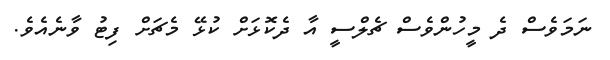
ނަމަވެސް ދެ މީހުންވެސް ޗެލްސީ އާ ދެކޮޅަށް ކުޅޭ މެޗަށް ފިޓު ވާނެއެވެ.